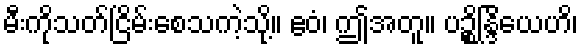
မီးကိုသတ်ငြိမ်းစေသကဲ့သို့။ ဧဝံ၊ ဤအတူ။ ပဉ္စိန္ဒြိယေဟိ၊